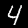
Digit: 4